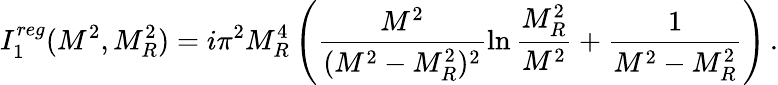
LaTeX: I_{1}^{reg}(M^{2},M_{R}^{2})=i\pi^{2}M_{R}^{4}\left(\frac{M^{2}}{(M^{2}-M_{R}^{2})^{2}}\ln\frac{M_{R}^{2}}{M^{2}}+\frac{1}{M^{2}-M_{R}^{2}}\right)\, .